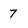
Character: 7